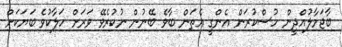
ބާޖަމާލުއްދީން ހުސްކުރަން އެންގީ އެތަން ބާވެ ބޭނުން ނުކުރެވޭ ވަރަށް ހަލާކުވެ ބަޔަކަށް